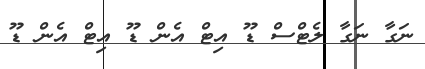
ނަގާ ނަގާ ލެޓްސް ޑޫ އިޓް އެން ޑޫ އިޓް އެން ޑޫ